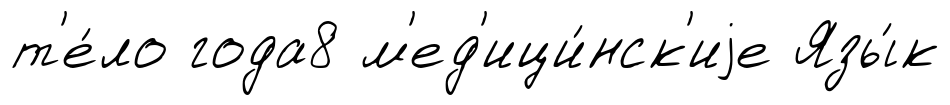
т'е́ло года8 м'ед'ици́нск'иjе Язы́к